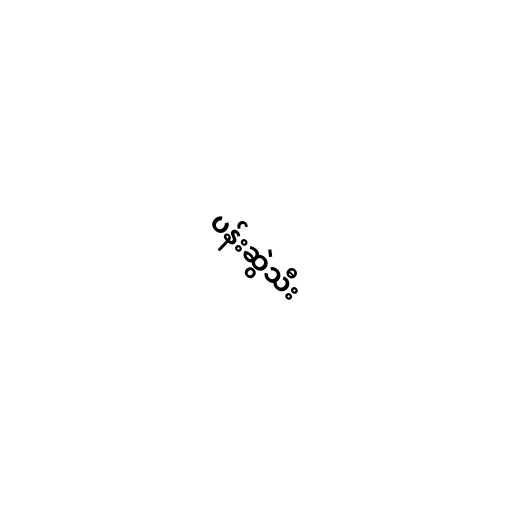
ပန်းဆွဲသီး